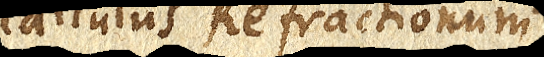
Calculus Refractionum